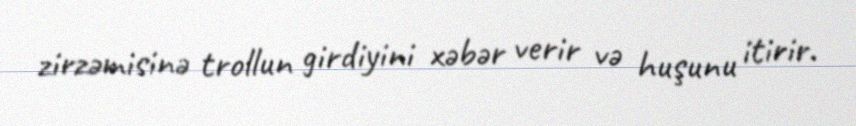
zirzəmisinə trollun girdiyini xəbər verir və huşunu itirir.